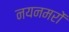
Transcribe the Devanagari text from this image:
नयनमरों